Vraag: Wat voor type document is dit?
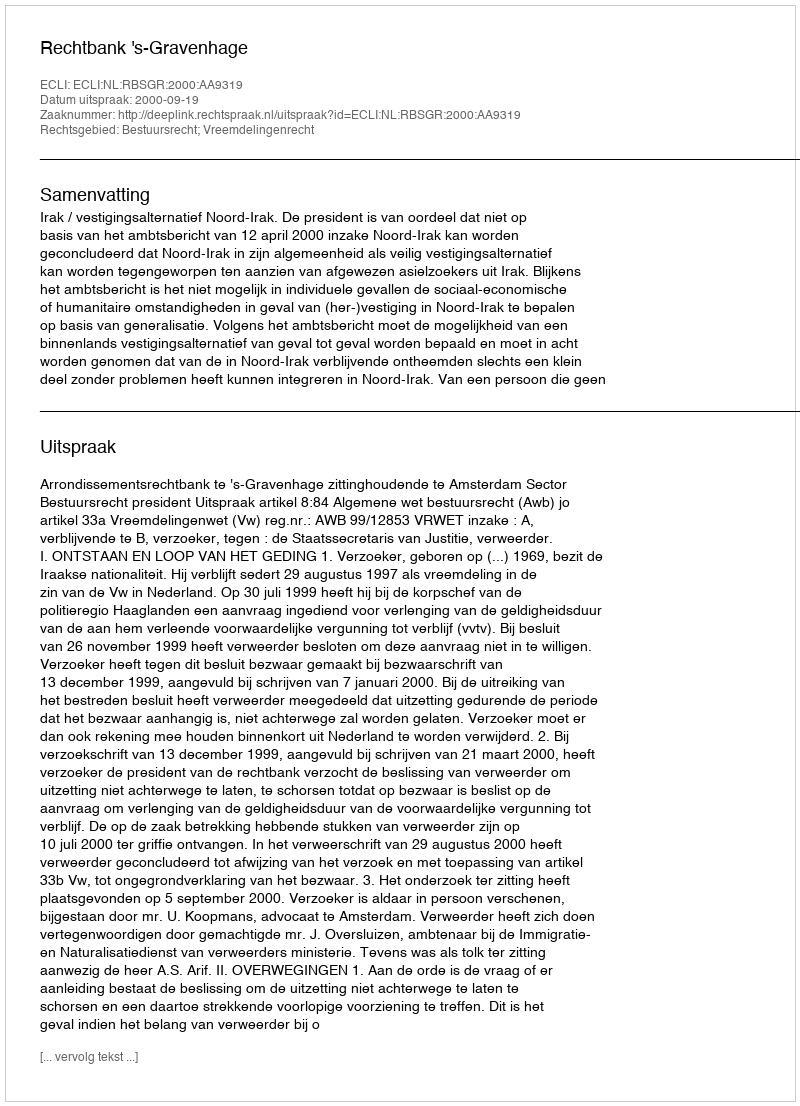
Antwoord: Uitspraak